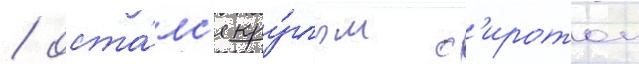
/ оста́лс'я кру́глым с'иротои